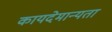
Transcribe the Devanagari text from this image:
कायदेमान्यता